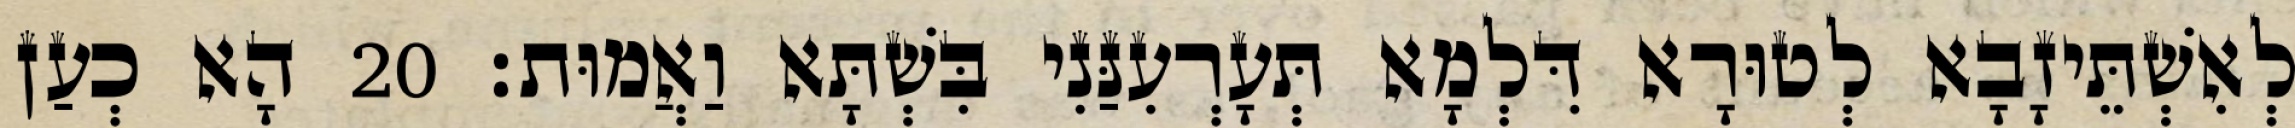
לְאִשְׁתֵּיזָבָא לְטוּרָא דִּלְמָא תְּעָרְעִנַּנִי בִּשְׁתָּא וַאֲמוּת׃ 20 הָא כְעַן